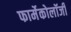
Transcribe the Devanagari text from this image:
फार्मेकोलॉजी